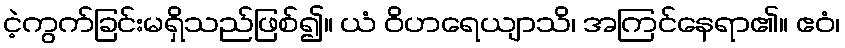
ငဲ့ကွက်ခြင်းမရှိသည်ဖြစ်၍။ ယံ ဝိဟရေယျာသိ၊ အကြင်နေရာ၏။ ဧဝံ၊